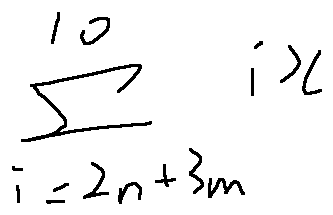
\sum \limits _ { i = 2 n + 3 m } ^ { 1 0 } i x